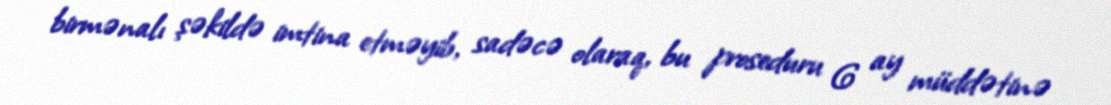
birmənalı şəkildə imtina etməyib, sadəcə olaraq, bu proseduru 6 ay müddətinə